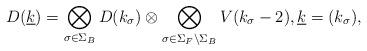
LaTeX: \begin{align*}D(\underline{k})=\bigotimes_{\sigma\in\Sigma_B}D(k_\sigma)\otimes\bigotimes_{\sigma\in\Sigma_F\setminus\Sigma_B}V(k_\sigma-2), \underline{k}=(k_\sigma),\end{align*}